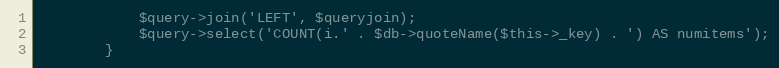
Language: PHP
			$query->join('LEFT', $queryjoin);
			$query->select('COUNT(i.' . $db->quoteName($this->_key) . ') AS numitems');
		}